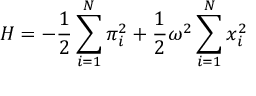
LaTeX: H = - { \frac { 1 } { 2 } } \sum _ { i = 1 } ^ { N } \pi _ { i } ^ { 2 } + { \frac { 1 } { 2 } } \omega ^ { 2 } \sum _ { i = 1 } ^ { N } x _ { i } ^ { 2 }